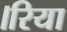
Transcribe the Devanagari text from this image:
।रिया